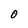
Character: O